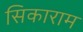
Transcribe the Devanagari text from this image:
सिकाराम